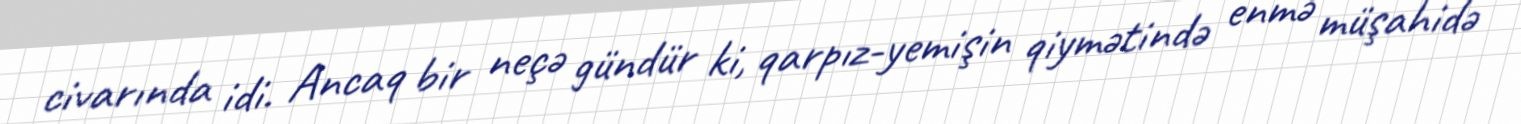
civarında idi. Ancaq bir neçə gündür ki, qarpız-yemişin qiymətində enmə müşahidə